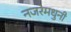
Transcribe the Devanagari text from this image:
नजरेमधुनी